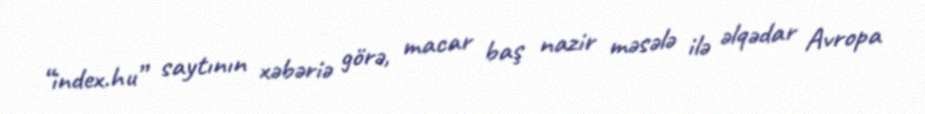
“index.hu” saytının xəbəriə görə, macar baş nazir məsələ ilə əlqədar Avropa